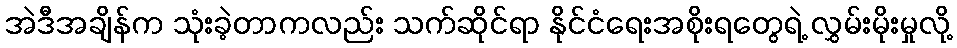
အဲဒီအချိန်က သုံးခဲ့တာကလည်း သက်ဆိုင်ရာ နိုင်ငံရေးအစိုးရတွေရဲ့ လွှမ်းမိုးမှုလို့